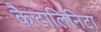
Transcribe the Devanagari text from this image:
कैटालिनिटा